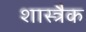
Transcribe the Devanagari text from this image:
शास्त्रैक